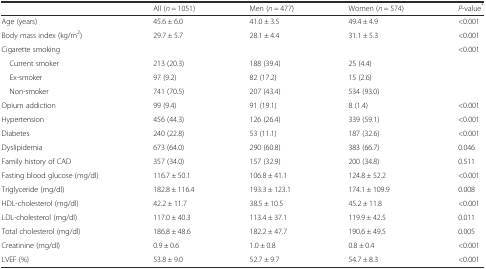
<table><thead><tr><td></td><td><b>All (<i>n</i> = 1051)</b></td><td><b>Men (<i>n</i> = 477)</b></td><td><b>Women (<i>n</i> = 574)</b></td><td><b><i>P</i>-value<sup>*</sup></b></td></tr></thead><tbody><tr><td>Age (years)</td><td>45.6 ± 6.0</td><td>41.0 ± 3.5</td><td>49.4 ± 4.9</td><td>&lt;0.001</td></tr><tr><td>Body mass index (kg/m<sup>2</sup>)</td><td>29.7 ± 5.7</td><td>28.1 ± 4.4</td><td>31.1 ± 5.3</td><td>&lt;0.001</td></tr><tr><td>Cigarette smoking</td><td></td><td></td><td></td><td>&lt;0.001</td></tr><tr><td> Current smoker</td><td>213 (20.3)</td><td>188 (39.4)</td><td>25 (4.4)</td><td></td></tr><tr><td> Ex-smoker</td><td>97 (9.2)</td><td>82 (17.2)</td><td>15 (2.6)</td><td></td></tr><tr><td> Non-smoker</td><td>741 (70.5)</td><td>207 (43.4)</td><td>534 (93.0)</td><td></td></tr><tr><td>Opium addiction</td><td>99 (9.4)</td><td>91 (19.1)</td><td>8 (1.4)</td><td>&lt;0.001</td></tr><tr><td>Hypertension</td><td>456 (44.3)</td><td>126 (26.4)</td><td>339 (59.1)</td><td>&lt;0.001</td></tr><tr><td>Diabetes</td><td>240 (22.8)</td><td>53 (11.1)</td><td>187 (32.6)</td><td>&lt;0.001</td></tr><tr><td>Dyslipidemia</td><td>673 (64.0)</td><td>290 (60.8)</td><td>383 (66.7)</td><td>0.046</td></tr><tr><td>Family history of CAD</td><td>357 (34.0)</td><td>157 (32.9)</td><td>200 (34.8)</td><td>0.511</td></tr><tr><td>Fasting blood glucose (mg/dl)</td><td>116.7 ± 50.1</td><td>106.8 ± 41.1</td><td>124.8 ± 52.2</td><td>&lt;0.001</td></tr><tr><td>Triglyceride (mg/dl)</td><td>182.8 ± 116.4</td><td>193.3 ± 123.1</td><td>174.1 ± 109.9</td><td>0.008</td></tr><tr><td>HDL-cholesterol (mg/dl)</td><td>42.2 ± 11.7</td><td>38.5 ± 10.5</td><td>45.2 ± 11.8</td><td>&lt;0.001</td></tr><tr><td>LDL-cholesterol (mg/dl)</td><td>117.0 ± 40.3</td><td>113.4 ± 37.1</td><td>119.9 ± 42.5</td><td>0.011</td></tr><tr><td>Total cholesterol (mg/dl)</td><td>186.8 ± 48.6</td><td>182.2 ± 47.7</td><td>190.6 ± 49.5</td><td>0.005</td></tr><tr><td>Creatinine (mg/dl)</td><td>0.9 ± 0.6</td><td>1.0 ± 0.8</td><td>0.8 ± 0.4</td><td>&lt;0.001</td></tr><tr><td>LVEF (%)</td><td>53.8 ± 9.0</td><td>52.7 ± 9.7</td><td>54.7 ± 8.3</td><td>&lt;0.001</td></tr></tbody></table>